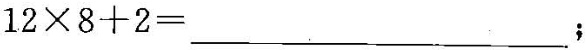
$$1 2 \times 8 + 2 = ___$$